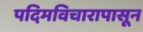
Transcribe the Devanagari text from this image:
पदिमविचारापासून